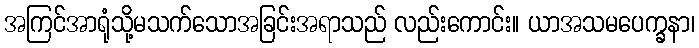
အကြင်အာရုံသို့မသက်သောအခြင်းအရာသည် လည်းကောင်း။ ယာအသမပေက္ခနာ၊